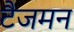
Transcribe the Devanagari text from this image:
टैजमन